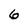
Character: 6